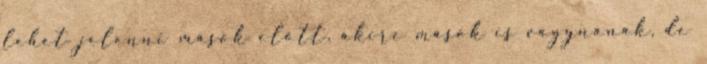
lehet jelenni mások előtt, akire mások is vágynának, de